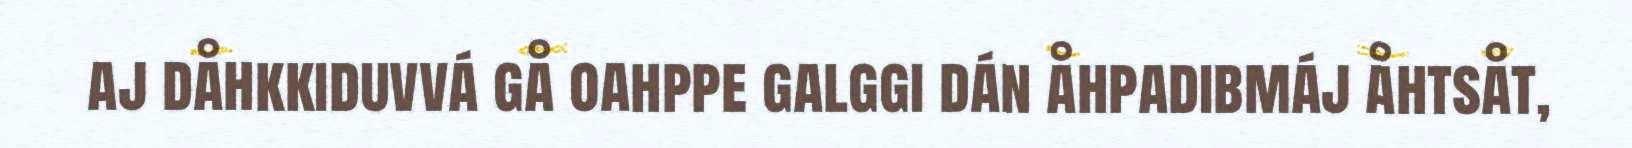
aj dåhkkiduvvá gå oahppe galggi dán åhpadibmáj åhtsåt,